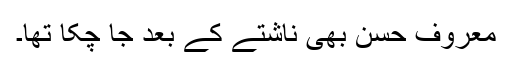
معروف حسن بھی ناشتے کے بعد جا چکا تھا۔